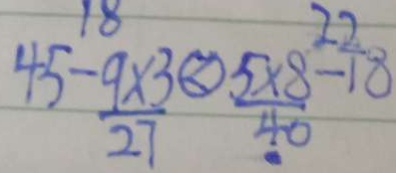
4 5 - \frac { 9 \times 3 \textcircled { < } } { 2 7 } < \frac { 5 \times 8 } { 4 0 } ^ { - } 1 8